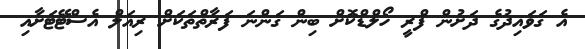
އެ ގަވައިދުގެ ދަށުން ފްރީ ހޯލްޑްކޮށް ބިން ގަންނަ ފަރާތްތަކަށް ރިއަލް އެސްޓޭޓަށާއި